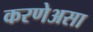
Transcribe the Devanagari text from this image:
करणेअसा